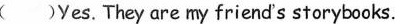
( )Yes. They are my friend's storybooks.